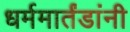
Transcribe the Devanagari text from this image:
धर्ममार्तंडांनी